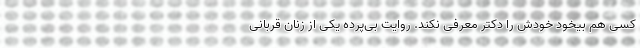
کسی هم بیخود خودش را دکتر معرفی نکند. روایت بی‌پرده یکی از زنان قربانی